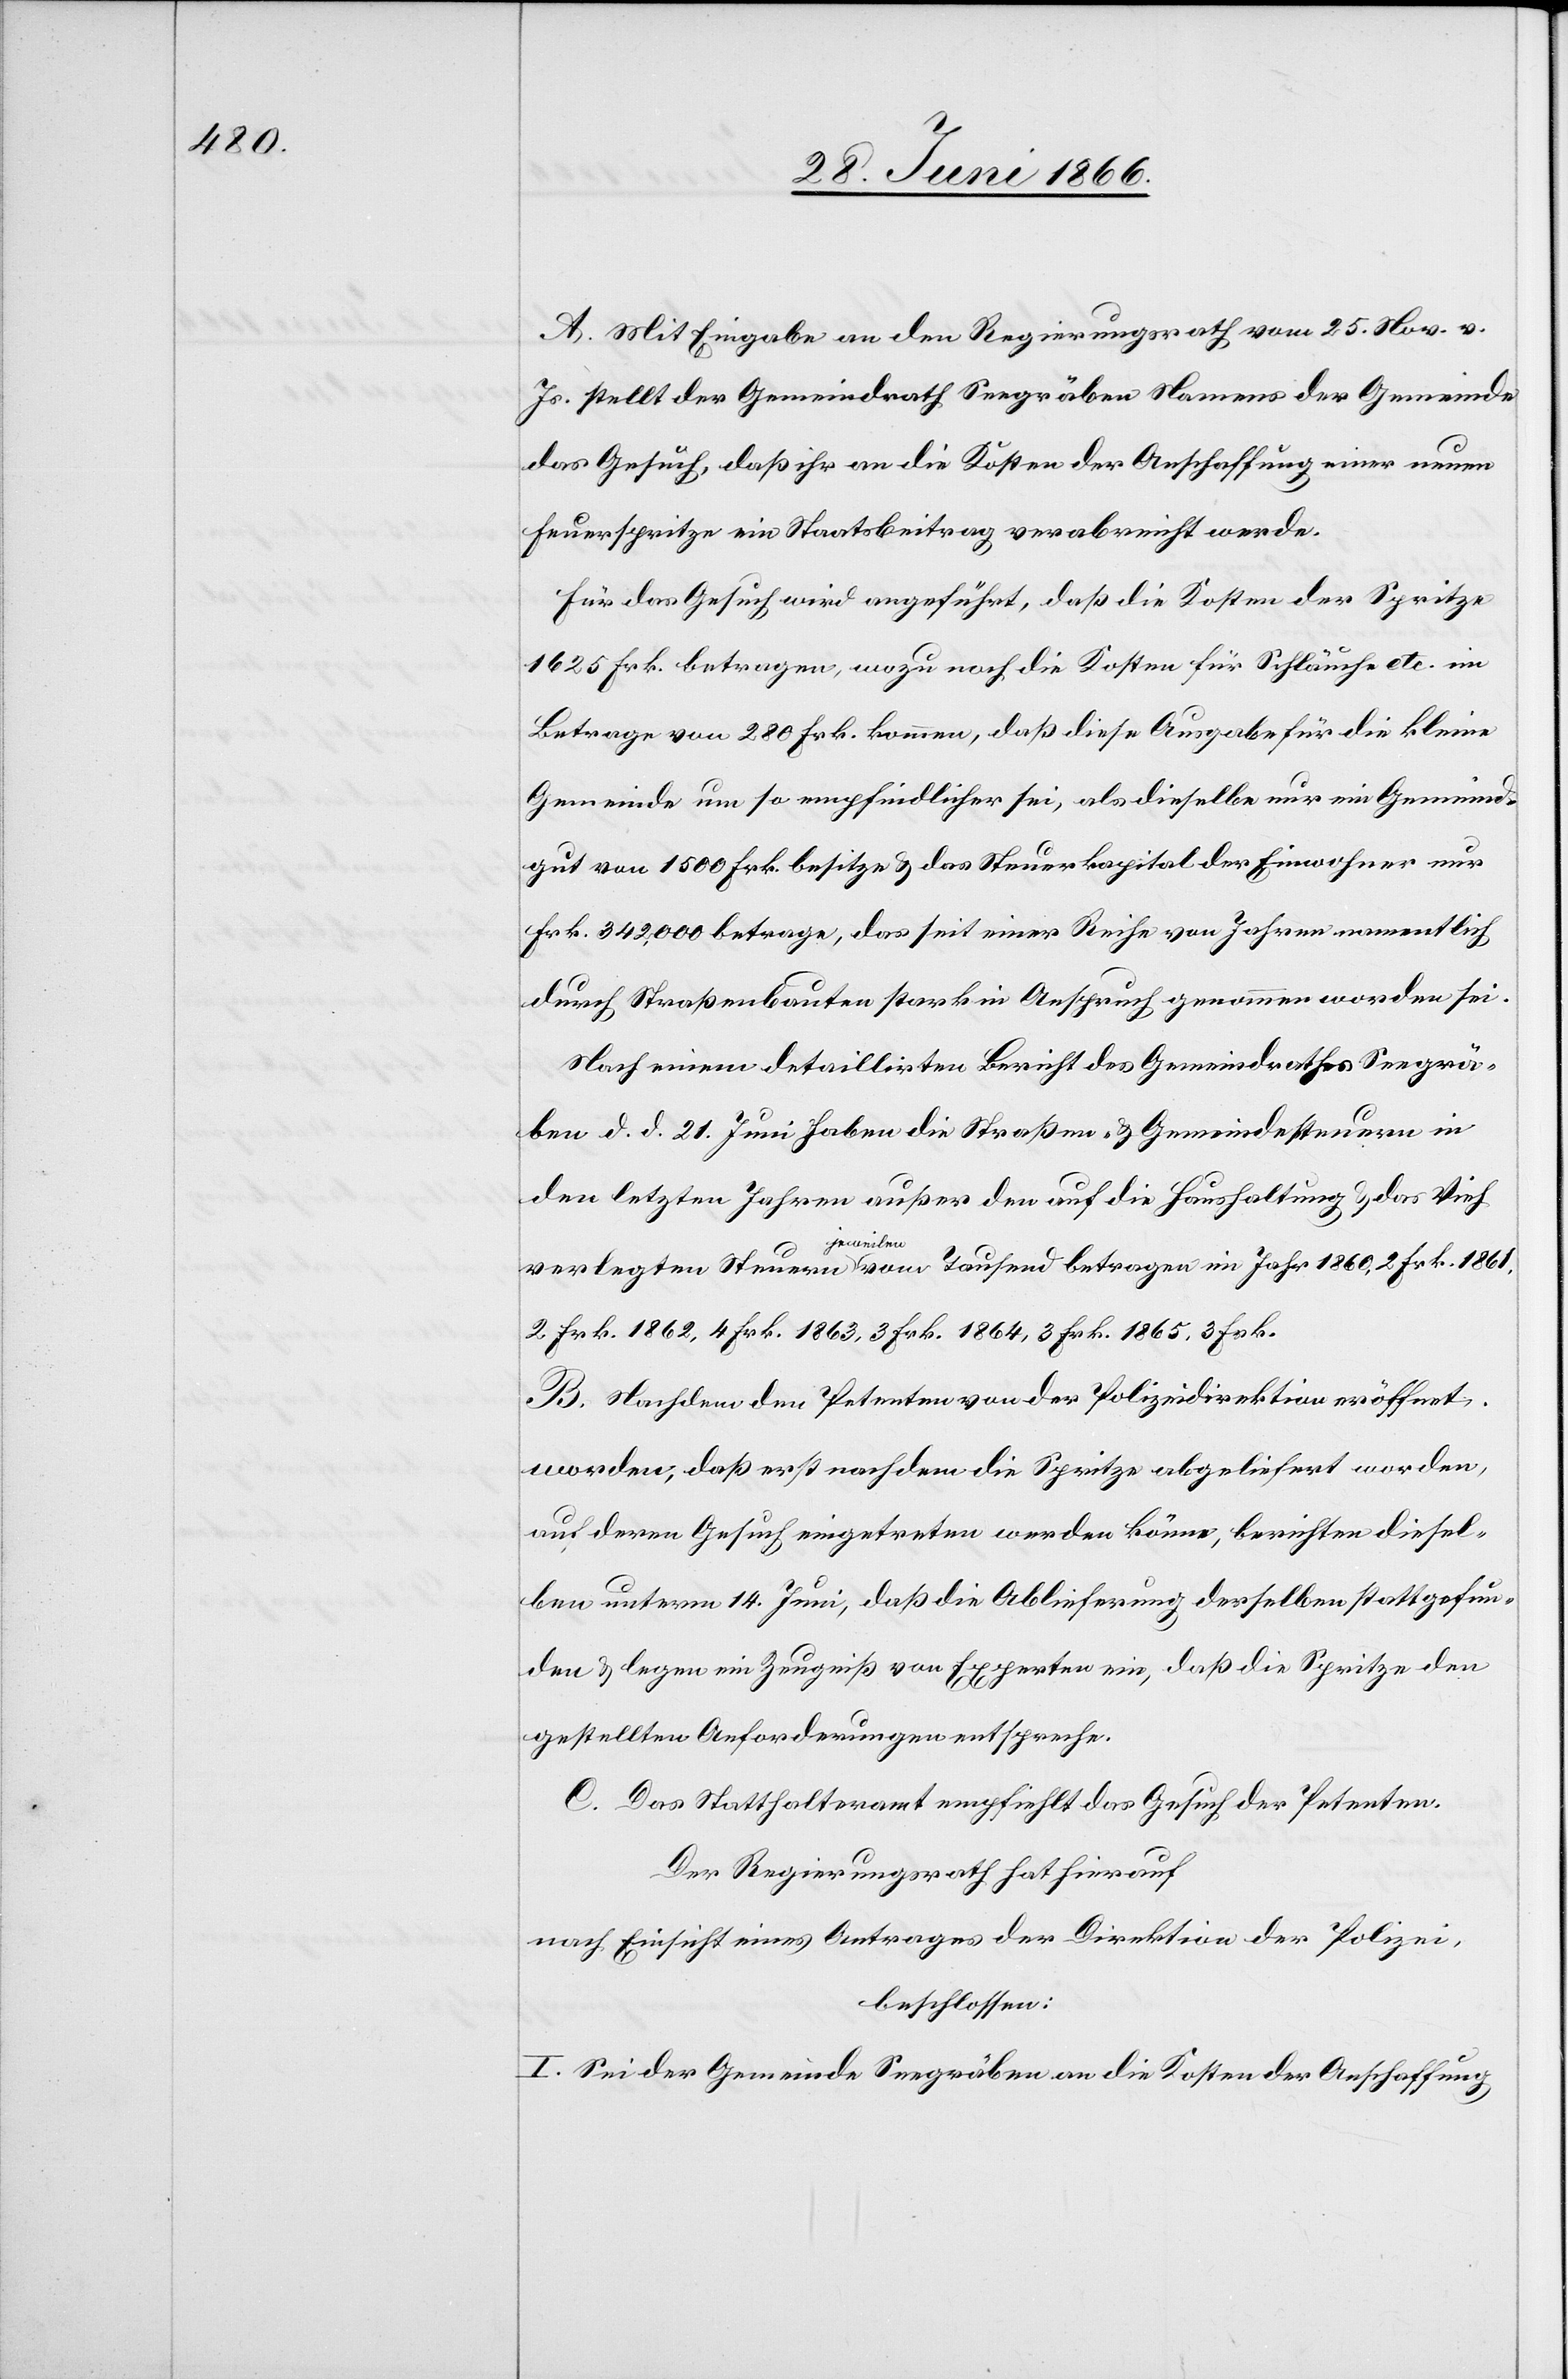
1860,

A. Mit Eingabe an den Regierungsrath vom 25. Nov. v.
Js. stellt der Gemeindrath Seegräben Namens der Gemeinde
das Gesuch, daß ihr an die Kosten der Anschaffung einer neuen
Feuerspritze ein Staatsbeitrag verabreicht werde.
Für das Gesuch wird angeführt, daß die Kosten der Spritze
1625 Frk. betragen, wozu noch die Kosten für Schläuche etc. im
Betrage von 280 Frk. kommen, daß diese Ausgabe für die kleine
Gemeinde um so empfindlicher sei, als dieselbe nur Gemeind¬
gut von 1500 Frk. besitze u. das Steuerkapital der Einwohner nur
Frk. 342 000 betrage, das seit einer Reihe von Jahren namentlich
durch Straßenbauten stark in Anspruch genommen worden sei.
Nach einem detaillirten Bericht des Gemeindrathes Seegrä¬
ben d. d. 21. Juni haben die Straßen- u. Gemeindesteuern in
den letzten Jahren außer den auf die Haushaltung u. das Vieh
jeweilen
2 Frk. 1861, 2 Frk. 1862, 4 Frk. 1864, 3 Frk. 1865, 3 Frk.
B. Nachdem den Petenten von der Polizeidirektion eröffnet
worden, daß erst nachdem die Spritze abgeliefert worden,
auf deren Gesuch eingetreten werden könne, berichten diesel¬
ben unterm 14. Juni, daß die Ablieferung derselben stattgefun¬
den u. legen ein Zeugniß von Experten ein, daß die Spritze den
gestellten Anforderungen entspreche.
C. Das Statthalteramt empfiehlt das Gesuch der Petenten.
Der Regierungsrath hat hierauf,
nach Einsicht eines Antrages der Direktion der Polizei,
beschlossen:
I. Sei der Gemeinde Seegräben an die Kosten der Anschaffung